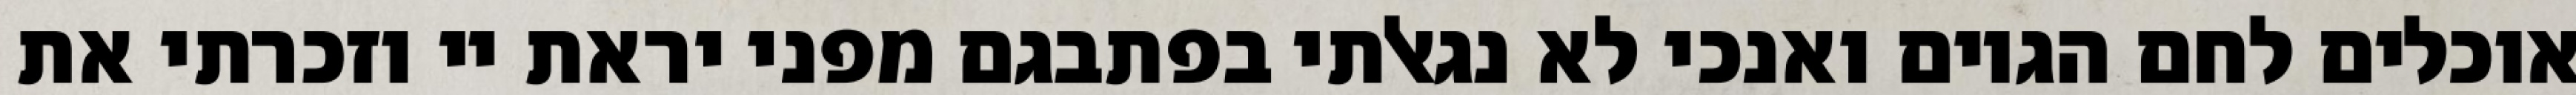
אוכלים לחם הגוים ואנכי לא נגאלתי בפתבגם מפני יראת יי וזכרתי את